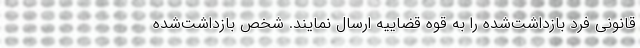
قانونی فرد بازداشت‌شده را به قوه قضاییه ارسال نمایند. شخص بازداشت‌شده